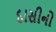
દાસીનો